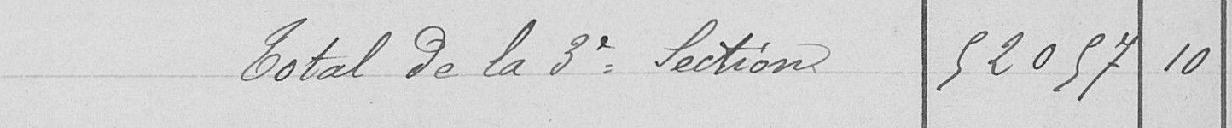
Total de la troisième section 52057